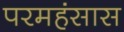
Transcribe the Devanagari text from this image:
परमहंसास